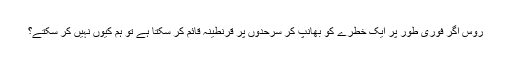
روس اگر فوری طور پر ایک خطرے کو بھانپ کر سرحدوں پر قرنطینہ قائم کر سکتا ہے تو ہم کیوں نہیں کر سکتے؟